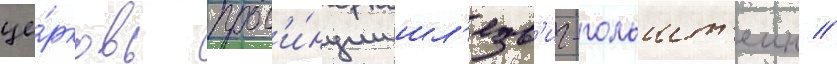
це́рковь пров'и́нции шл'езв'иг-гольшт'еин //